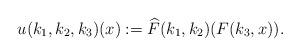
LaTeX: \begin{align*} u(k_1,k_2,k_3)(x) := \widehat{F}(k_1,k_2)(F(k_3,x)). \end{align*}